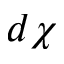
d \chi